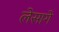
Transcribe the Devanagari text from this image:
लेसागे